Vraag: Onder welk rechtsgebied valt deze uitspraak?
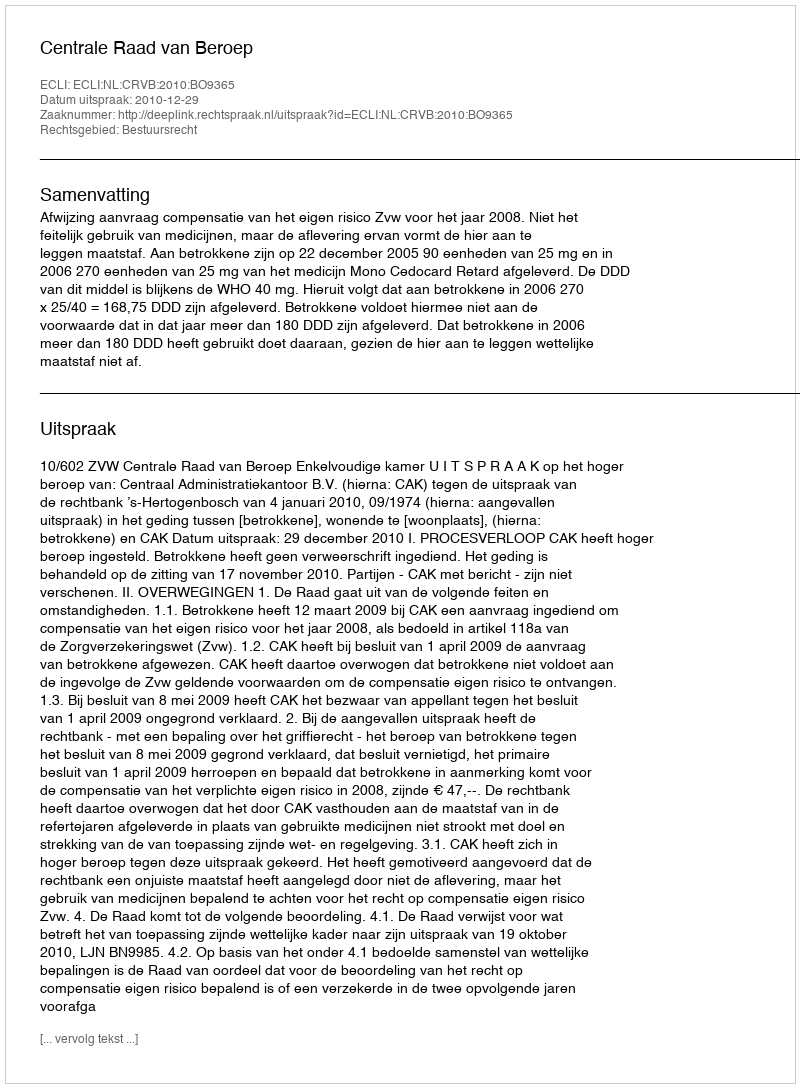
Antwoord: Bestuursrecht